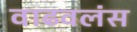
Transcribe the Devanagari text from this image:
वाढवलंस